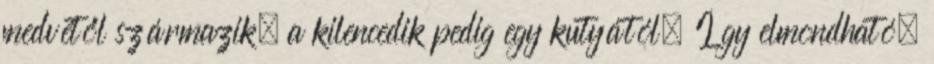
medvétől származik, a kilencedik pedig egy kutyától. Így elmondható,